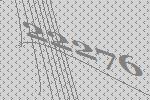
22276